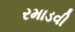
રમાડવી